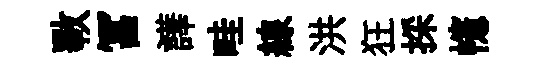
斁冨譁畦線洪狂採幰